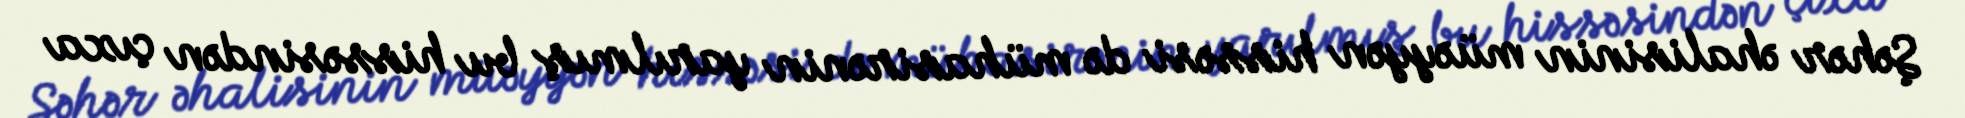
Şəhər əhalisinin müəyyən hissəsi də mühasirənin yarılmış bu hissəsindən çıxa